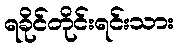
ရခိုင်တိုင်းရင်းသား